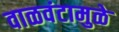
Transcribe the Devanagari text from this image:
वाळवंटामुळे